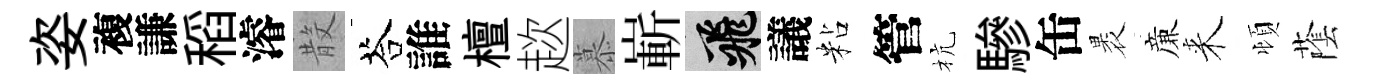
姿複謙稻濬𣪚荅誰檀趑慕嶄飛議粘管杭驂缶褁亷来頓䕃